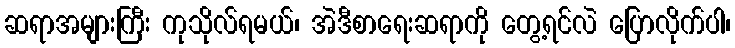
ဆရာအများကြီး ကုသိုလ်ရမယ်၊ အဲဒီစာရေးဆရာကို တွေ့ရင်လဲ ပြောလိုက်ပါ၊